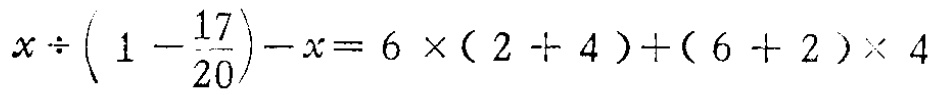
\(x\div\left(1 - \frac{17}{20}\right)-x = 6\times(2 + 4)+(6 + 2)\times 4\)